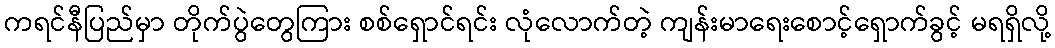
ကရင်နီပြည်မှာ တိုက်ပွဲတွေကြား စစ်ရှောင်ရင်း လုံလောက်တဲ့ ကျန်းမာရေးစောင့်ရှောက်ခွင့် မရရှိလို့